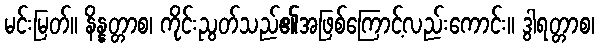
မင်းမြတ်။ နိန္နတ္တာစ၊ ကိုင်းညွတ်သည်၏အဖြစ်ကြောင့်လည်းကောင်း။ ဒွါရတ္တာစ၊